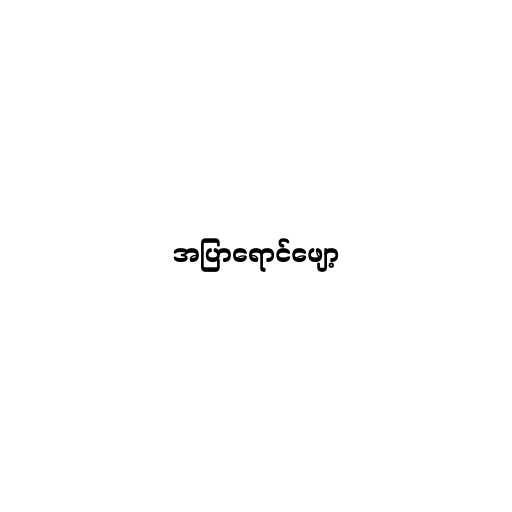
အပြာရောင်ဖျော့